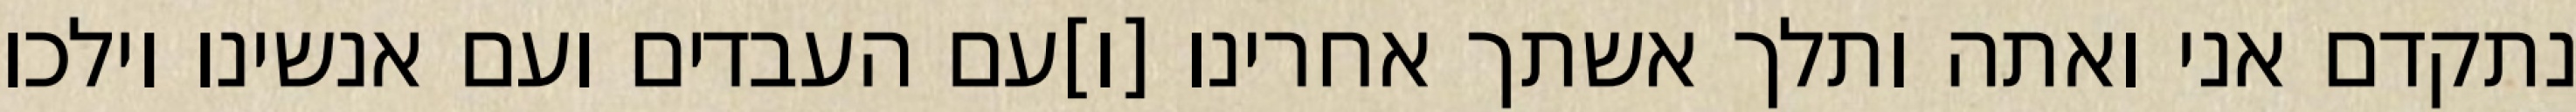
נתקדם אני ואתה ותלך אשתך אחרינו [ו]עם העבדים ועם אנשינו וילכו